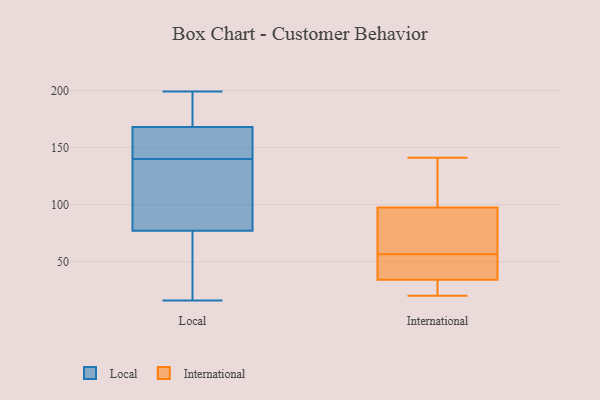
{"axis": {"x": "Revenue (USD Million)", "y": "Value"}, "legend": ["International", "Local"], "data": [{"x": "", "y": 77, "type": "Local"}, {"x": "", "y": 141, "type": "Local"}, {"x": "", "y": 24, "type": "Local"}, {"x": "", "y": 183, "type": "Local"}, {"x": "", "y": 47, "type": "Local"}, {"x": "", "y": 157, "type": "Local"}, {"x": "", "y": 168, "type": "Local"}, {"x": "", "y": 139, "type": "Local"}, {"x": "", "y": 143, "type": "Local"}, {"x": "", "y": 16, "type": "Local"}, {"x": "", "y": 32, "type": "Local"}, {"x": "", "y": 199, "type": "Local"}, {"x": "", "y": 83, "type": "Local"}, {"x": "", "y": 107, "type": "Local"}, {"x": "", "y": 152, "type": "Local"}, {"x": "", "y": 88, "type": "Local"}, {"x": "", "y": 184, "type": "Local"}, {"x": "", "y": 193, "type": "Local"}, {"x": "", "y": 97, "type": "International"}, {"x": "", "y": 43, "type": "International"}, {"x": "", "y": 57, "type": "International"}, {"x": "", "y": 33, "type": "International"}, {"x": "", "y": 56, "type": "International"}, {"x": "", "y": 84, "type": "International"}, {"x": "", "y": 141, "type": "International"}, {"x": "", "y": 80, "type": "International"}, {"x": "", "y": 21, "type": "International"}, {"x": "", "y": 139, "type": "International"}, {"x": "", "y": 35, "type": "International"}, {"x": "", "y": 46, "type": "International"}, {"x": "", "y": 20, "type": "International"}, {"x": "", "y": 20, "type": "International"}, {"x": "", "y": 98, "type": "International"}, {"x": "", "y": 128, "type": "International"}]}